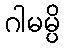
ဂါမမ္ပိ